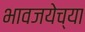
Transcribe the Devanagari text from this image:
भावजयेच्या